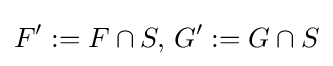
F':=F\cap S,\,G':=G\cap S